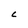
Character: C